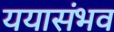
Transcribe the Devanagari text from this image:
ययासंभव